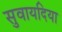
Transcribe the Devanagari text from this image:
सुवायदिया